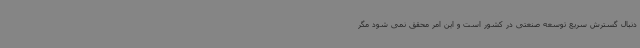
دنبال گسترش سریع توسعه صنعتی در کشور است و این امر محقق نمی شود مگر